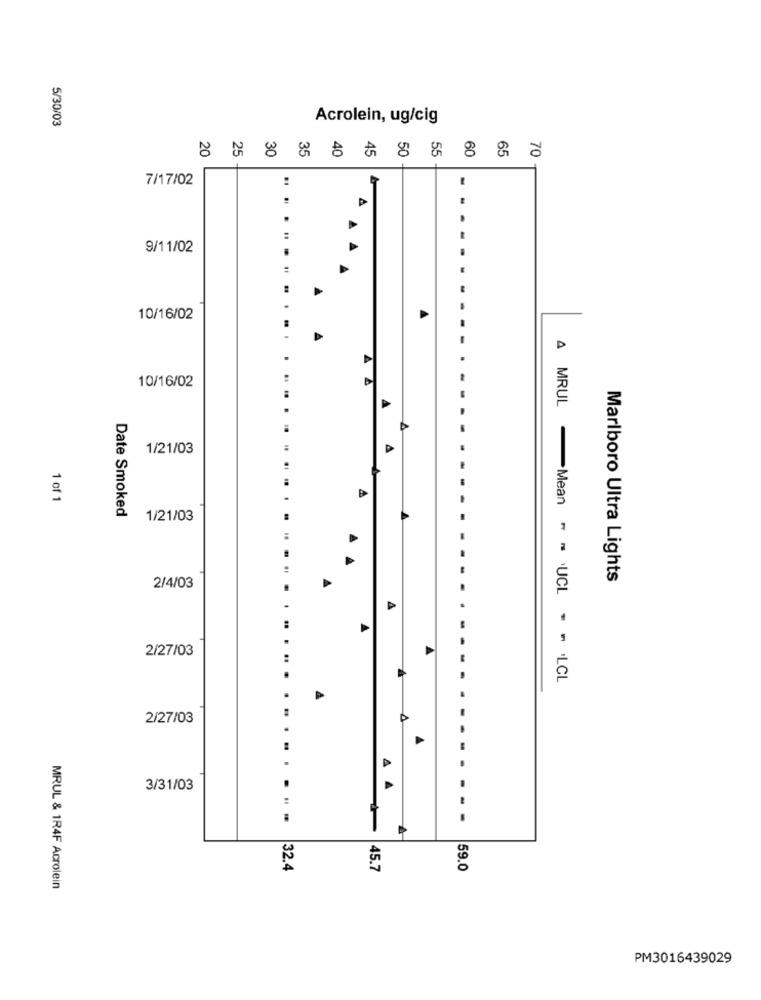
5/30/03
Acrolein, ug/cig
8 8.8888
7/17/02
9/11/02
10/16/02
10/16/02
MRUL
P
1/21/03
1 of 1
Date Smoked
1/21/03
Marlboro Ultra Lights
2/4/03
2/27/03
Mean - - UCL - - . LCL
2/27/03
- -
....
3/31/03
4 4
...
---
32.4
45.7
59.0
MRUL & 1R4F Acrolein
PM3016439029